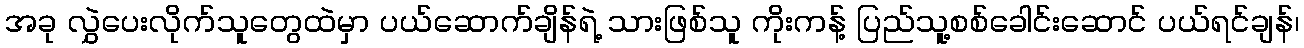
အခု လွှဲပေးလိုက်သူတွေထဲမှာ ပယ်ဆောက်ချိန်ရဲ့ သားဖြစ်သူ ကိုးကန့် ပြည်သူ့စစ်ခေါင်းဆောင် ပယ်ရင်ချန်၊